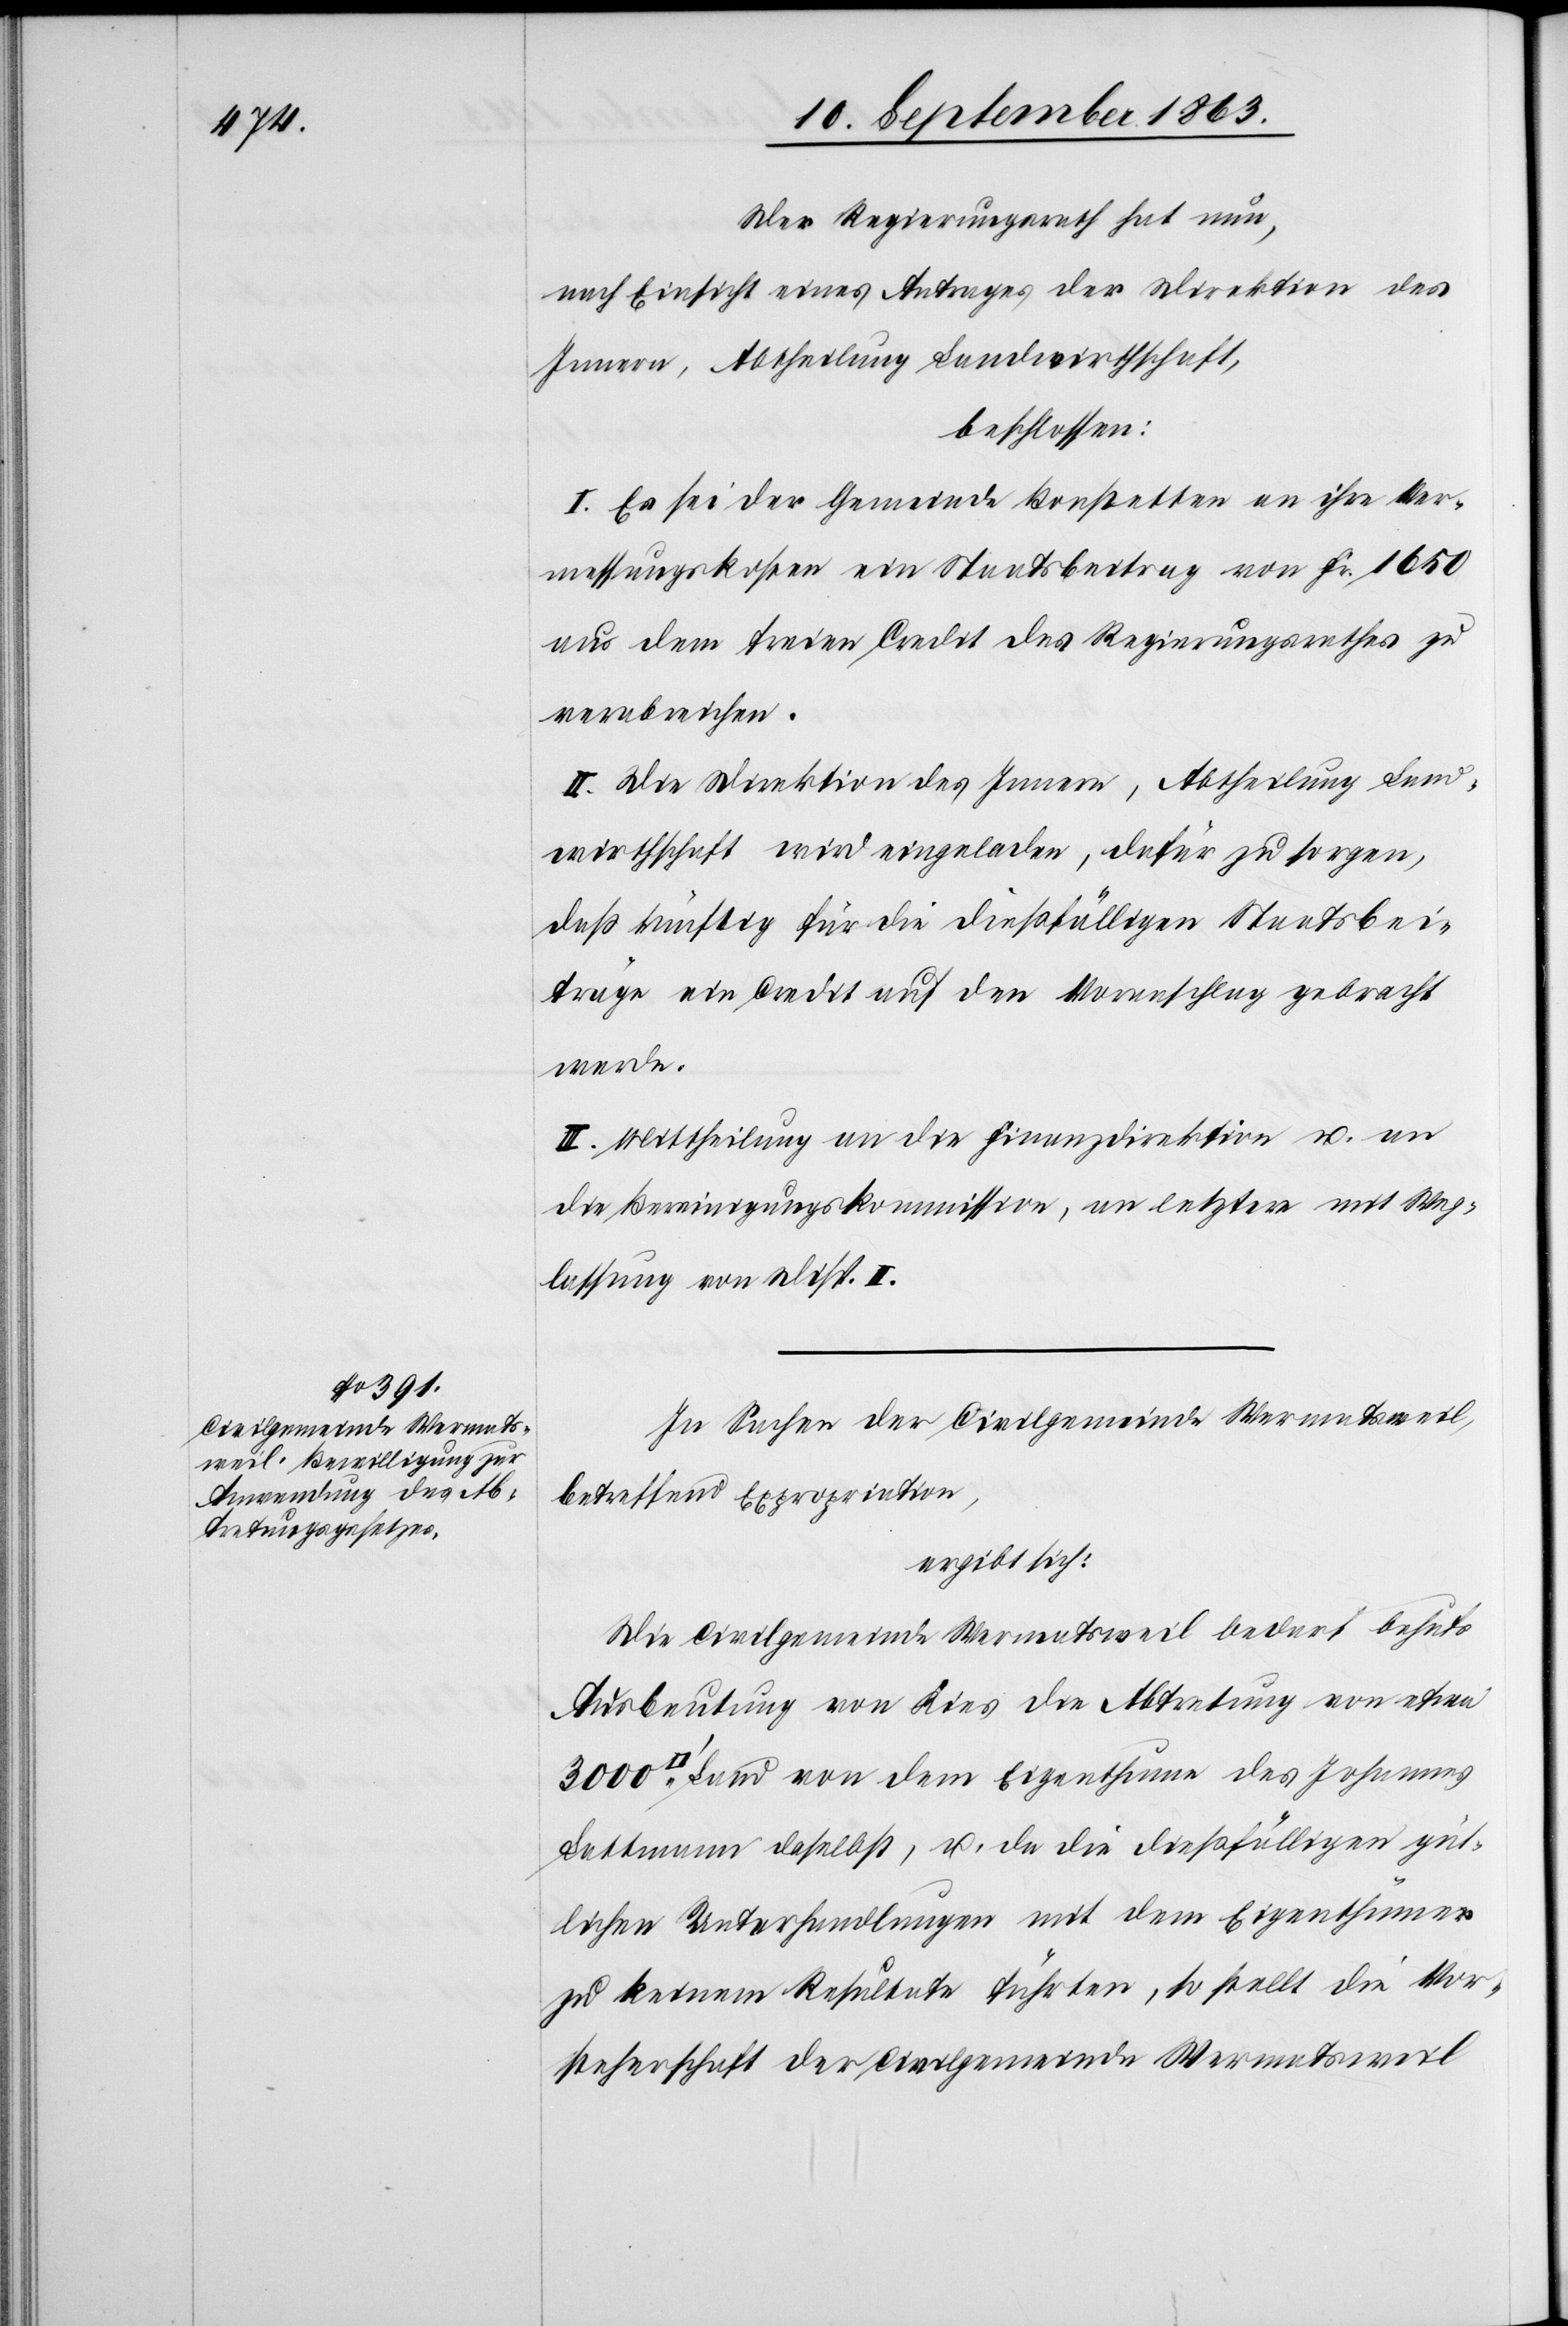
Der Regierungsrath hat nun,
nach Einsicht eines Antrages der Direktion des
Innern, Abtheilung Landwirthschaft,
beschlossen:
I. Es sei der Gemeinde Bonstetten an ihre Ver¬
messungskosten ein Staatsbeitrag von Fr. 1650
aus dem freien Credit des Regierungsrathes zu
verabreichen.
II. Die Direktion des Innern, Abtheilung Land¬
wirthschaft wird eingeladen, dafür zu sorgen,
daß künftig für die dießfälligen Staatsbei¬
träge ein Credit auf den Voranschlag gebracht
werde.
III. Mittheilung an die Finanzdirektion u. an
die Bereinigungskommission, an letztere mit Weg¬
lassung von Disp. II.
In Sachen der Civilgemeinde Wermatsweil,
betreffend Expropriation,
ergibt sich:
Die Civilgemeinde Wermatsweil bedarf behufs
Ausbeutung von Kies die Abtretung von etwa
Land von dem Eigenthume des Johannes
Lattmann daselbst, u. da die dießfälligen güt¬
lichen Unterhandlungen mit dem Eigenthümer
zu keinem Resultate führten, so stellt die Vor¬
steherschaft der Civilgemeinde Wermatsweil